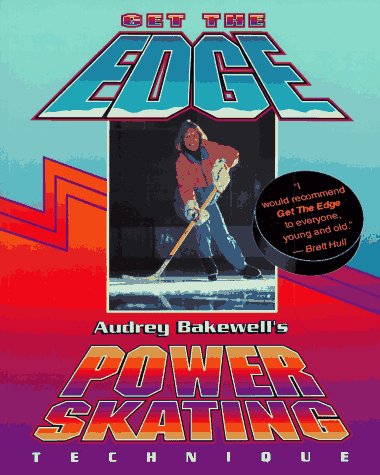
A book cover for Get the Edge; Audrey Bakewell; Sports & Outdoors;